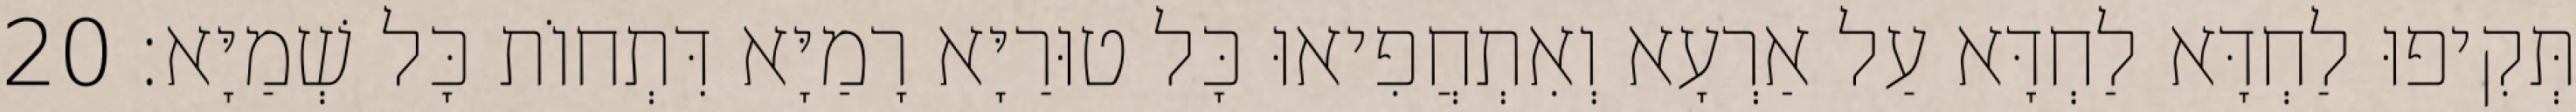
תְּקִיפוּ לַחְדָּא לַחְדָּא עַל אַרְעָא וְאִתְחֲפִיאוּ כָּל טוּרַיָּא רָמַיָּא דִּתְחוֹת כָּל שְׁמַיָּא׃ 20